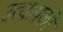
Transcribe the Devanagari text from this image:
उत्थापकों